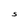
Character: S